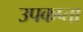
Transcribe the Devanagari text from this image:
उपकप्ता